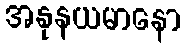
အနုနယမာနော